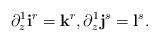
LaTeX: \begin{align*} \partial^1_z {\mathbf i}^r={\mathbf k}^r, \partial^1_z {\mathbf j}^s = {\mathbf l}^s.\end{align*}